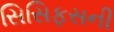
સિસિફસની